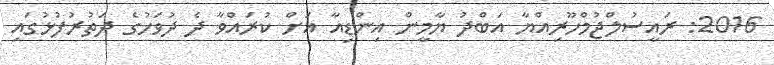
2016: ރައީސުލްޖުމްހޫރިއްޔާ އަބްދު ޔާމީން އިންޑިއާ އަށް ކުރައްވާ ދެ ދުވަހުގެ ދަތުރުފުޅުގައި